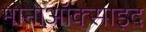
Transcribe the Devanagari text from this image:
मोनोऑक्साइद